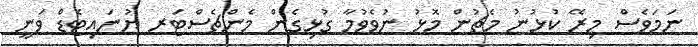
ނަމަވެސް މިރޭ ކުޅުނު މެޗުން މޮޅު ނުވެވުމާ ގުޅިގެން މެންޗެސްޓަރ ޔުނައިޓެޑް ވަނީ